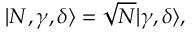
\begin{array} { r } { | N , \gamma , \delta \rangle = \sqrt { N } | \gamma , \delta \rangle , } \end{array}